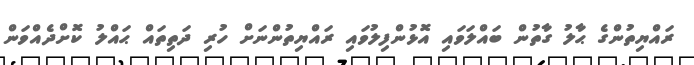
ރައްޔިތުންގެ ޙާލު ގާތުން ބައްލަވައި އޮޅުންފިލުވައި ރައްޔިތުންނަށް ހުރި ދަތިތައް ޙައްލު ކޮށްދެއްވަން